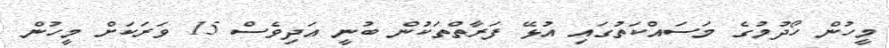
މީހުން ހޯދުމުގެ މަސައްކަތުގައި އުޅޭ ފަރާތްތަކުން ބުނީ އަދިވެސް 15 ވަރަކަށް މީހުން